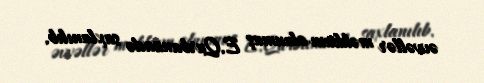
əvvəllər məhkum olunmuş E.Qurbanzadə saxlanılıb.